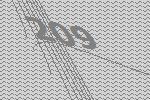
209